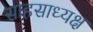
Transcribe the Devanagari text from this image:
साहसाध्यक्ष